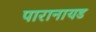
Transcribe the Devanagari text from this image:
पारानायड